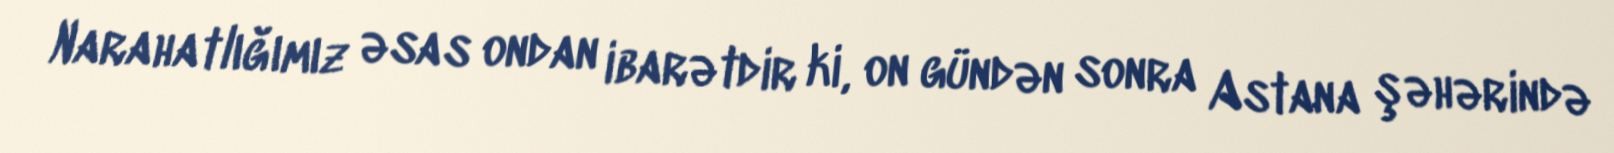
Narahatlığımız əsas ondan ibarətdir ki, on gündən sonra Astana şəhərində